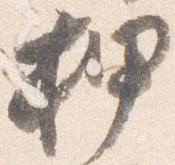
押